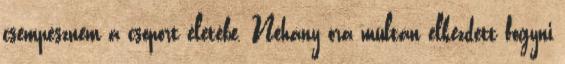
csempésznem a csoport életébe. Néhány óra múltán elkezdett fogyni